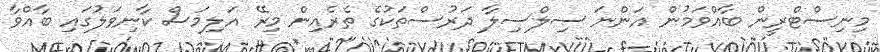
މިނިސްޓްރީން ބާއްވަމުން އަންނަ ސިލްސިލާ ދަރުސްތަކުގެ ތެރެއިން މިރޭ އަލިމަސް ކާނިވަލުގައި ބާއްވާ